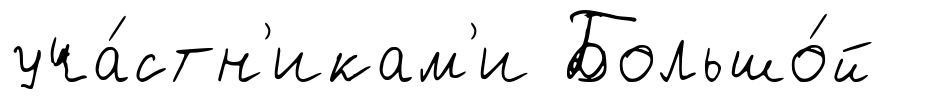
уча́стн'икам'и Большо́й